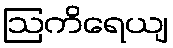
ဩကိရေယျ